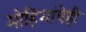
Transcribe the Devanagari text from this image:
मोहिमांचेही